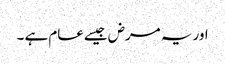
اور یہ مرض جیسےعام ہے ۔